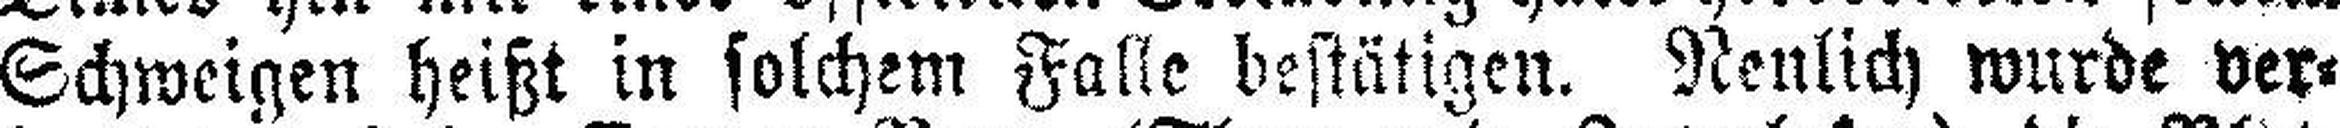
Schweigen heißt in solchem Falle bestätigen. Neulich wurde ver¬